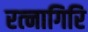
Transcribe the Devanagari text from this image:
रत्‍नागिरि